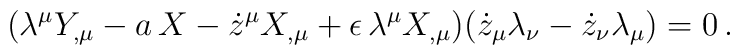
(\lambda^{\mu} Y_{,\mu} - a \, X - \dot{z}^{\mu} X_{,\mu}+ \epsilon \, \lambda^{\mu} X_{,\mu})(\dot{z}_{\mu} \lambda_{\nu} - \dot{z}_{\nu} \lambda_{\mu}) = 0 \, .